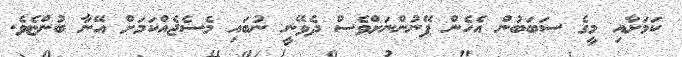
ކަމަށާއި މީގެ ސަބަބުން އެހެން ފޭނުންނަށްވެސް ދެވޭނީ ނުބައި މެސެޖެއްކަމަށް އޭނާ ބުންޏެވެ.